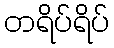
တရိပ်ရိပ်